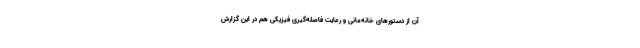
آن از دستورهای خانه‌مانی و رعایت فاصله‌گیری فیزیکی هم در این گزارش